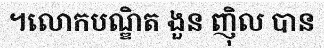
។លោកបណ្ឌិត ងួន ញ៉ិល បាន